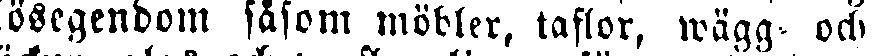
lösegendom såsom möbler, taflor, wägg och